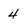
Character: 4